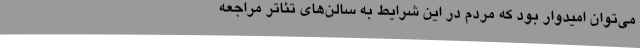
می‌توان امیدوار بود که مردم در این شرایط به سالن‌های تئاتر مراجعه